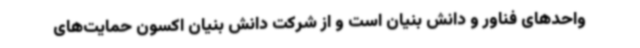
واحدهای فناور و دانش بنیان است و از شرکت دانش بنیان اکسون حمایت‌های